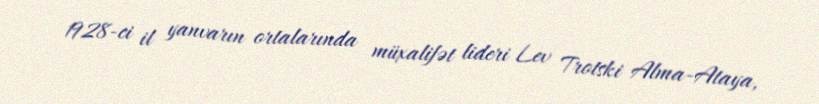
1928-ci il yanvarın ortalarında müxalifət lideri Lev Trotski Alma-Ataya,